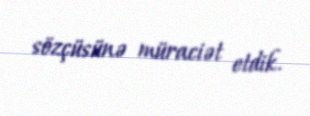
sözçüsünə müraciət etdik.